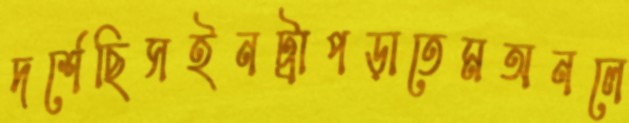
দর্শেছিসইনট্রাপড়াতেমঅনলে